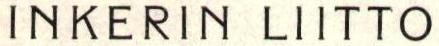
INKERIN LIITTO